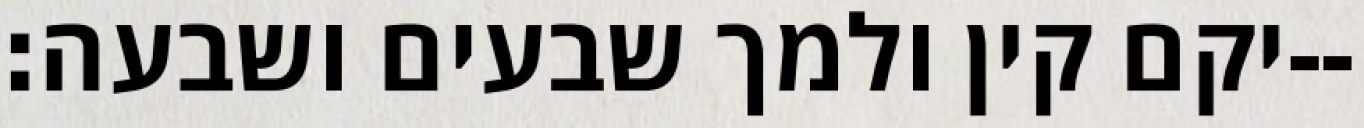
יקם קין ולמך שבעים ושבעה׃--